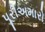
પૂરીઅમારો